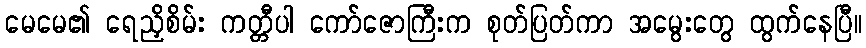
မေမေ၏ ရေညှိစိမ်း ကတ္တီပါ ကော်ဇောကြီးက စုတ်ပြတ်ကာ အမွေးတွေ ထွက်နေပြီ။